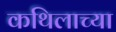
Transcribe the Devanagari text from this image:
कथिलाच्या